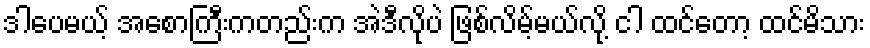
ဒါပေမယ့် အစောကြီးကတည်းက အဲဒီလိုပဲ ဖြစ်လိမ့်မယ်လို့ ငါ ထင်တော့ ထင်မိသား